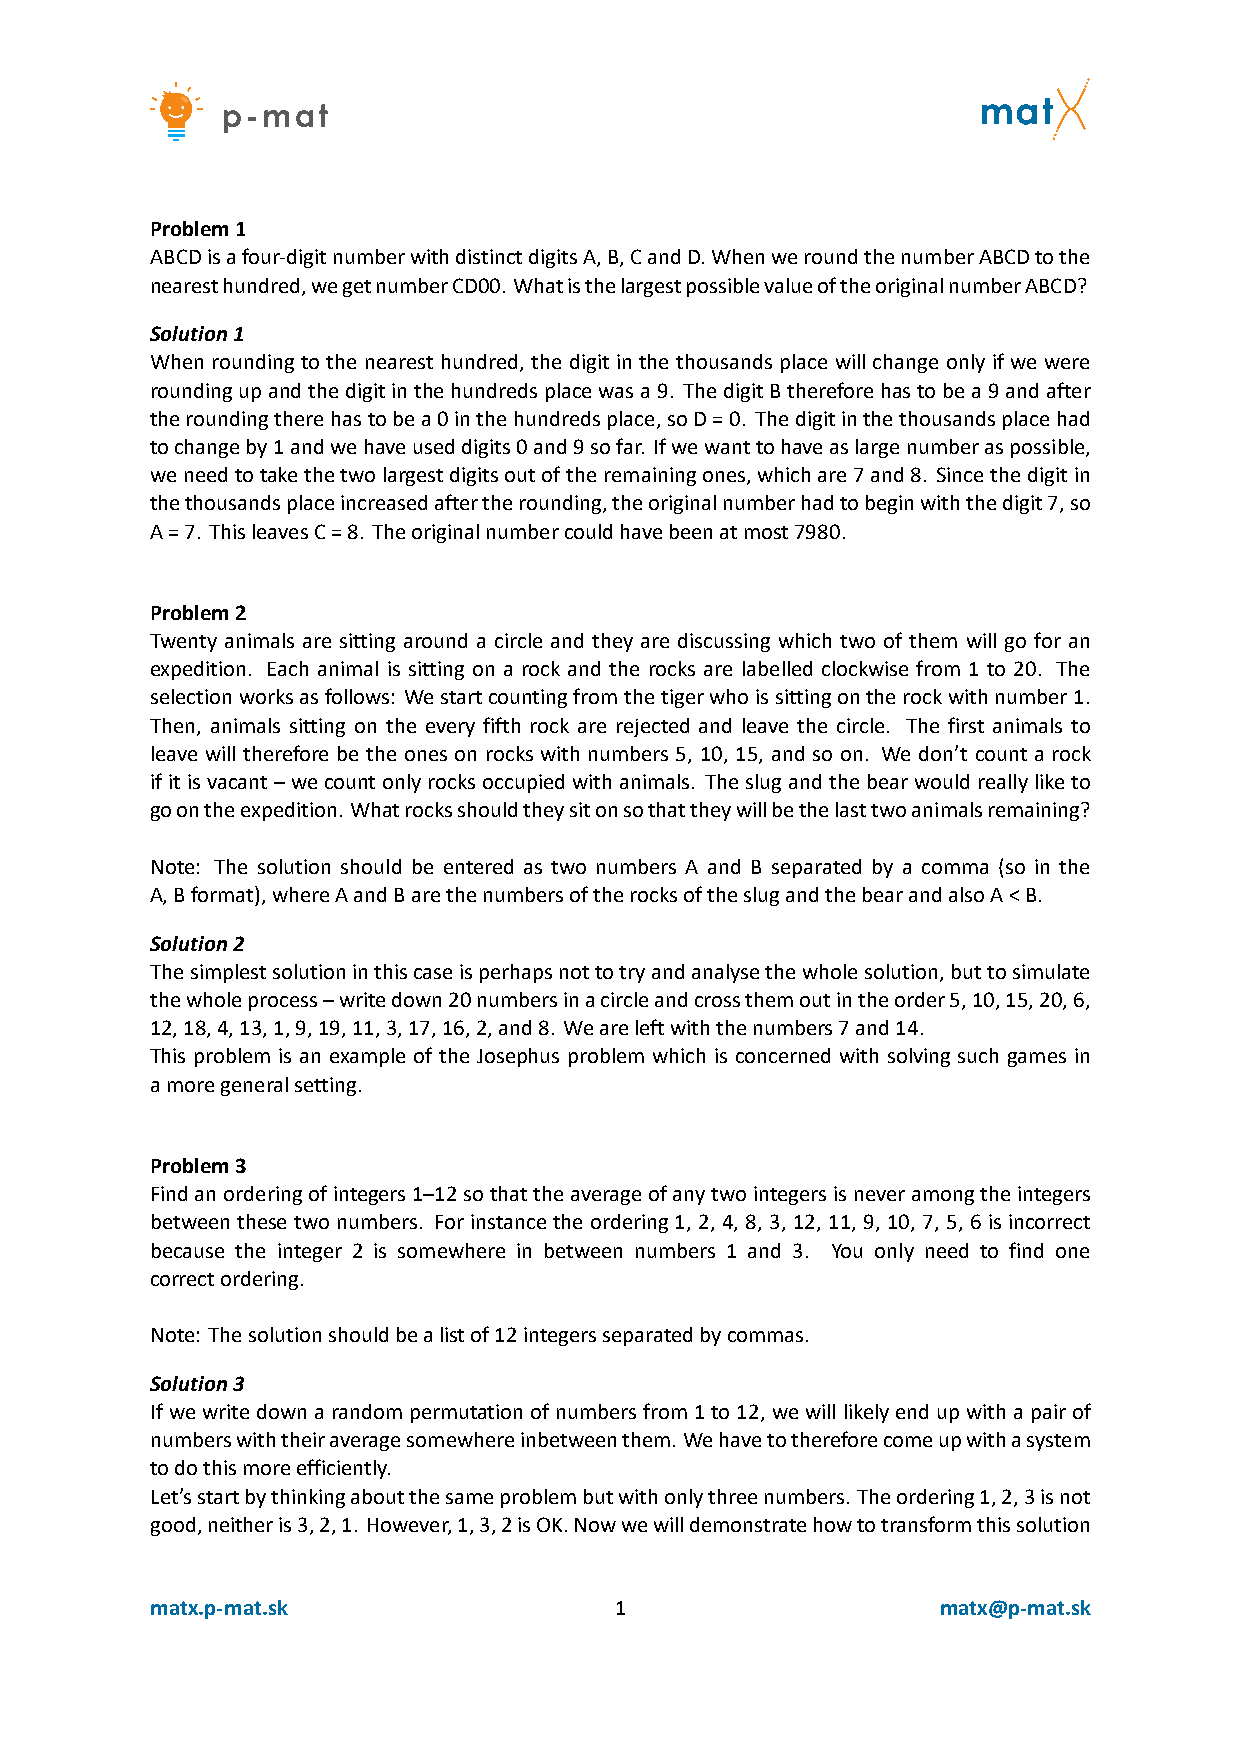
Problem1
 ABCDisafour‐digitnumberwithdistinctdigitsA,B,CandD.WhenweroundthenumberABCDtothe
 nearesthundred,wegetnumberCD00. WhatisthelargestpossiblevalueoftheoriginalnumberABCD?
 Solution1
 When rounding to the nearest hundred, the digit in the thousands place will change only if we were
 roundingupandthedigitinthehundredsplacewasa9. ThedigitBthereforehastobea9andafter
 theroundingtherehastobea0inthehundredsplace,soD=0. Thedigitinthethousandsplacehad
 tochangeby1andwehaveuseddigits0and9sofar. Ifwewanttohaveaslargenumberaspossible,
 weneedtotakethetwolargestdigitsoutoftheremainingones,whichare7and8. Sincethedigitin
 thethousandsplaceincreasedaftertherounding,theoriginalnumberhadtobeginwiththedigit7,so
 A=7. ThisleavesC=8. Theoriginalnumbercouldhavebeenatmost7980.
 Problem2
 Twenty animals are sitting around a circle and they are discussing which two of them will go for an
 expedition. Each animal is sitting on a rock and the rocks are labelled clockwise from 1 to 20. The
 selectionworksasfollows: Westartcountingfromthetigerwhoissittingontherockwithnumber1.
 Then, animals sitting on the every fifth rock are rejected and leave the circle. The first animals to
 leave will therefore be the ones on rocks with numbers 5, 10, 15, and so on. We don’t count a rock
 ifitisvacant–wecountonlyrocksoccupiedwithanimals. Theslugandthebearwouldreallyliketo
 goontheexpedition. Whatrocksshouldtheysitonsothattheywillbethelasttwoanimalsremaining?
 Note: The solution should be entered as two numbers A and B separated by a comma (so in the
 A,Bformat),whereAandBarethenumbersoftherocksoftheslugandthebearandalsoA<B.
 Solution2
 Thesimplestsolutioninthiscaseisperhapsnottotryandanalysethewholesolution,buttosimulate
 thewholeprocess–writedown20numbersinacircleandcrossthemoutintheorder5,10,15,20,6,
 12,18,4,13,1,9,19,11,3,17,16,2,and8. Weareleftwiththenumbers7and14.
 This problem is an example of the Josephus problem which is concerned with solving such games in
 amoregeneralsetting.
 Problem3
 Findanorderingofintegers1–12sothattheaverageofanytwointegersisneveramongtheintegers
 betweenthesetwonumbers. Forinstancetheordering1, 2, 4, 8, 3, 12, 11, 9, 10, 7, 5, 6isincorrect
 because the integer 2 is somewhere in between numbers 1 and 3. You only need to find one
 correctordering.
 Note: Thesolutionshouldbealistof12integersseparatedbycommas.
 Solution3
 Ifwewritedownarandompermutationofnumbersfrom1to12,wewilllikelyendupwithapairof
 numberswiththeiraveragesomewhereinbetweenthem. Wehavetothereforecomeupwithasystem
 todothismoreefficiently.
 Let’sstartbythinkingaboutthesameproblembutwithonlythreenumbers. Theordering1,2,3isnot
 good,neitheris3,2,1. However,1,3,2isOK.Nowwewilldemonstratehowtotransformthissolution
 matx.p‐mat.sk                  1                    matx@p‐mat.sk